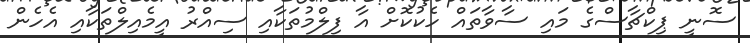
ސޮނީ ޕިކްޗާސްގެ މައި ސާވާތައް ހެކުކޮށް އާ ފިލްމުތަކާއި ސިއްރު އީމެއިލްތަކާއި އެހެން